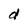
Character: d